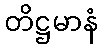
တိဋ္ဌမာနံ